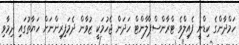
ހަމްދާންގެ ކިޑްނީ ފެއިލްވެ ޓްރާންސްޕްލާންޓް ހަދަން ޖެހުމަކީ ޒުވާން ދެމަފިރިންނަށް ހަޔާތުގައި ދިމާވި